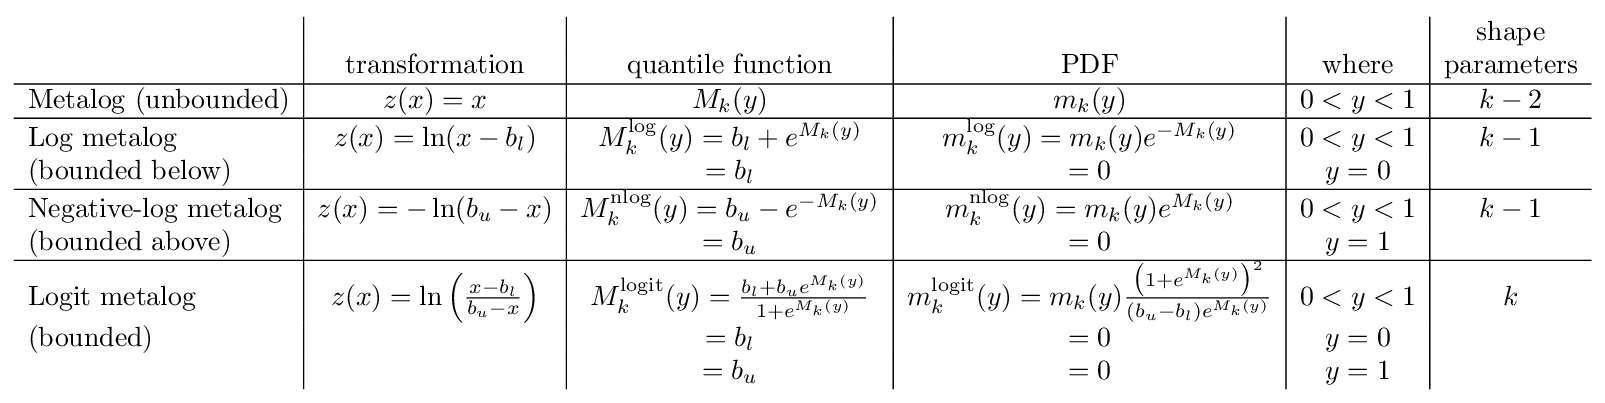
{\begin{array}{l|c|c|c|c|c}&&&&&{\mbox{shape}}\\&{\mbox{transformation}}&{\mbox{quantile function}}&{\mbox{PDF}}&{\mbox{where}}&{\mbox{parameters}}\\\hline {\mbox{Metalog (unbounded)}}&z(x)=x&M_{k}(y)&m_{k}(y)&0<y<1&k-2\\\hline {\mbox{Log metalog}}&z(x)=\ln(x-b_{l})&M_{k}^{\log }(y)=b_{l}+e^{M_{k}(y)}&m_{k}^{\log }(y)=m_{k}(y)e^{-M_{k}(y)}&0<y<1&k-1\\{\mbox{(bounded below)}}&&=b_{l}&=0&y=0\\\hline {\mbox{Negative-log metalog}}&z(x)=-\ln(b_{u}-x)&M_{k}^{\operatorname {nlog} }(y)=b_{u}-e^{-M_{k}(y)}&m_{k}^{\operatorname {nlog} }(y)=m_{k}(y)e^{M_{k}(y)}&0<y<1&k-1\\{\mbox{(bounded above)}}&&=b_{u}&=0&y=1\\\hline {\mbox{Logit metalog}}&z(x)=\ln {\Bigl (}{x-b_{l} \over {b_{u}-x}}{\Bigr )}&M_{k}^{\operatorname {logit} }(y)={b_{l}+b_{u}e^{M_{k}(y)} \over {1+e^{M_{k}(y)}}}&m_{k}^{\operatorname {logit} }(y)=m_{k}(y){{\bigl (}1+e^{M_{k}(y)}{\bigr )}^{2} \over {(b_{u}-b_{l})e^{M_{k}(y)}}}&0<y<1&k\\{\mbox{(bounded)}}&&=b_{l}&=0&y=0\\&&=b_{u}&=0&y=1\end{array}}